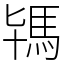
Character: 駂